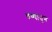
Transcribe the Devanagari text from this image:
थव्यांतून